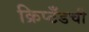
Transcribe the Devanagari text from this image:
क्रिप्टँडची